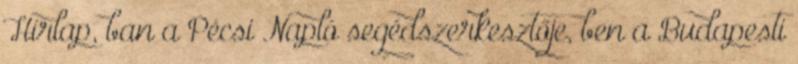
Hírlap, ban a Pécsi Napló segédszerkesztője, ben a Budapesti